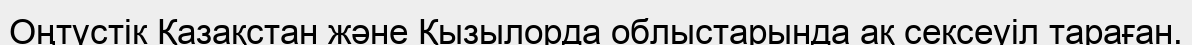
Оңтүстік Қазақстан және Қызылорда облыстарында ақ сексеуіл тараған.